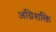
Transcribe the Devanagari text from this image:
अग्निशक्ति